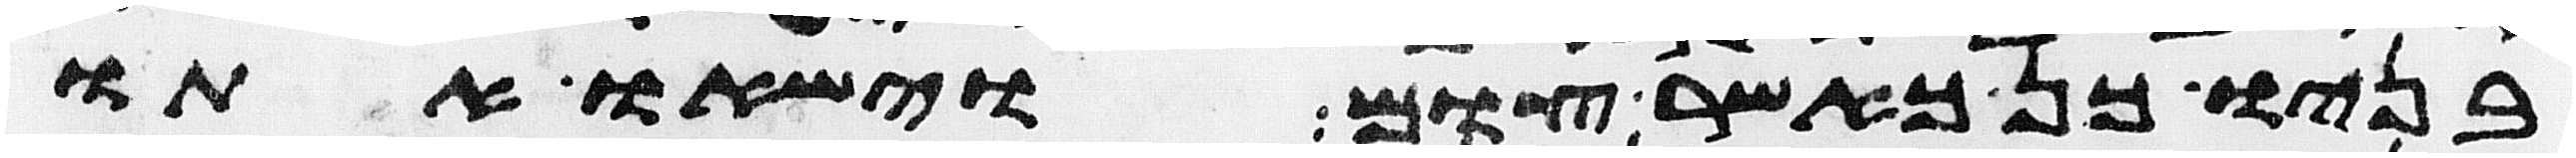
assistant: בניו כן כאשר צום וישאו אתו